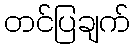
တင်ပြချက်